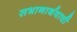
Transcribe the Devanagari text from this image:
सभानार्थवाची